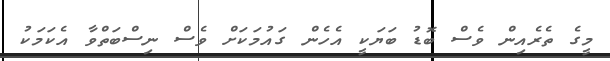
މީގެ ތެރެއިން ވެސް ބޮޑު ބަޔަކީ އެހެން ގައުމަކަށް ވެސް ނިސްބަތްވާ އެކަމަކު